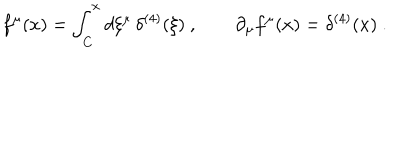
LaTeX: f ^ { \mu } ( x ) = \int _ { C } ^ { x } d \xi ^ { \mu } \, \delta ^ { ( 4 ) } ( \xi ) \ , \qquad \partial _ { \mu } f ^ { \mu } ( x ) = \delta ^ { ( 4 ) } ( x ) \ .